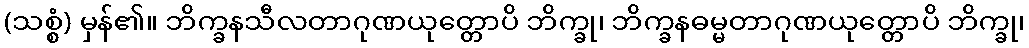
(သစ္စံ) မှန်၏။ ဘိက္ခနသီလတာဂုဏယုတ္တောပိ ဘိက္ခု၊ ဘိက္ခနဓမ္မတာဂုဏယုတ္တောပိ ဘိက္ခု၊